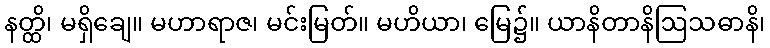
နတ္ထိ၊ မရှိချေ။ မဟာရာဇ၊ မင်းမြတ်။ မဟိယာ၊ မြေ၌။ ယာနိတာနိဩသဓာနိ၊